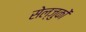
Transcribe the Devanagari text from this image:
सेल्जुकों